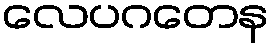
လေပဂတေန